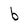
Character: b